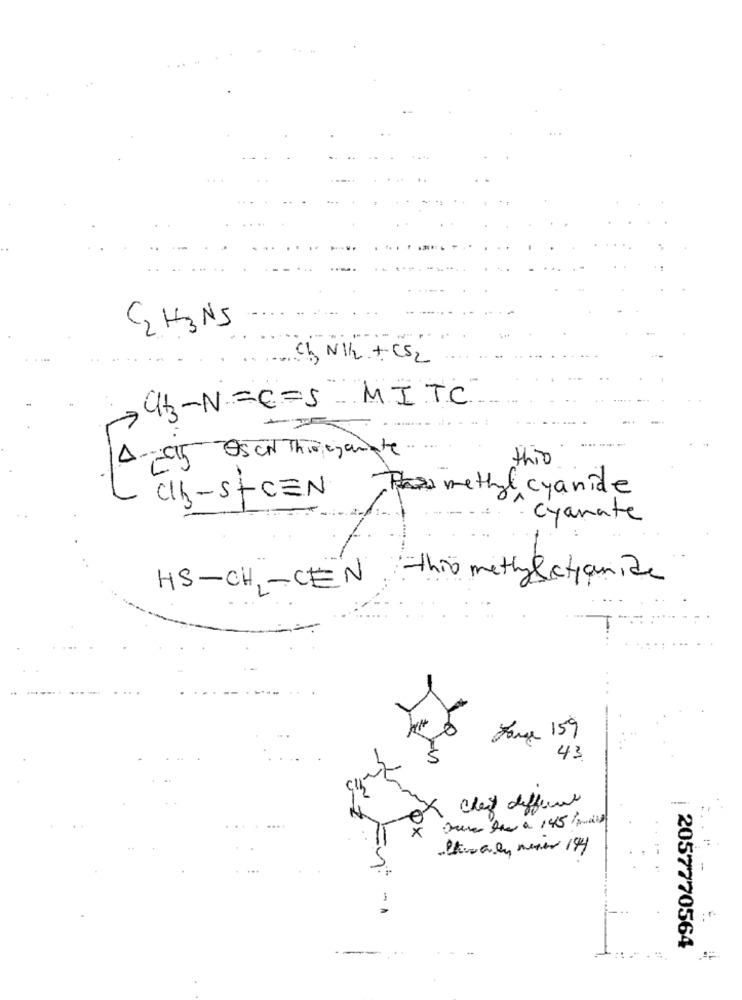
GH3NS
Ch N/12 + CS2
a3-N=C=S-MITC
=5 Os CN Thirgamate.
this
methyl cyanide
CIB - S-CEN
- cyanate
HS-CH2-CEN this methy stanice
Jorge 159
43
x
-
2057770564
- -